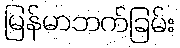
မြန်မာဘက်ခြမ်း